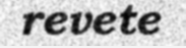
revete